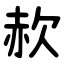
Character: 赥